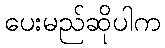
ပေးမည်ဆိုပါက